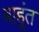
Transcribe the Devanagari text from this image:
बाहूंत